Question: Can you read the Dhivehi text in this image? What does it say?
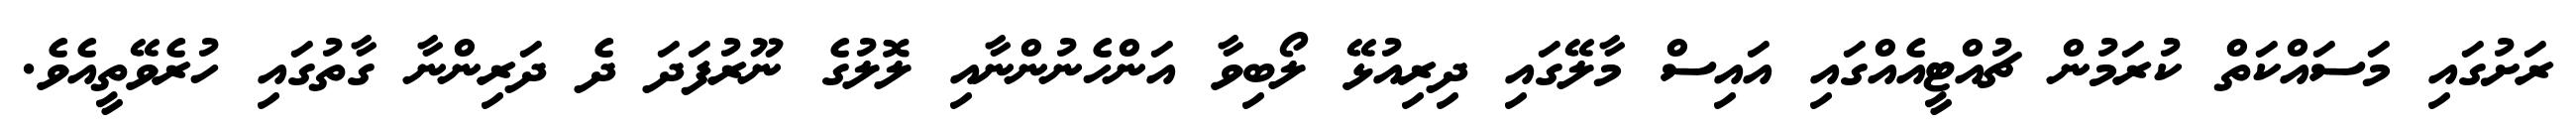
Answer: ރަށުގައި މަސައްކަތް ކުރަމުން ޗުއްޓީއެއްގައި އައިސް މާލޭގައި ދިރިއުޅޭ ލޯބިވާ އަންހެނުންނާއި ލޮލުގެ ނޫރުފަދަ ދެ ދަރިންނާ ގާތުގައި ހުރެވޭތީއެވެ.